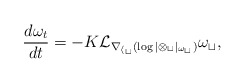
\begin{align*} \frac{d \omega_t}{d t} = -K \cal{L}_{\nabla_{h_t} (\log |\Omega_t|_{\omega_t})} \omega_t,\end{align*}